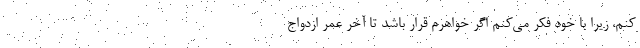
کنم، زیرا با خود فکر می‌کنم اگر خواهرم قرار باشد تا آخر عمر ازدواج